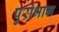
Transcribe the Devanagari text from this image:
पुरोभाग